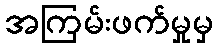
အကြမ်းဖက်မှုမှ